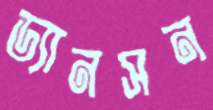
ড্যানসন